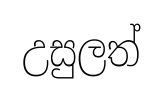
උසුලත්